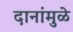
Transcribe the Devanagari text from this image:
दानांमुळे